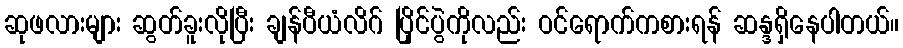
ဆုဖလားများ ဆွတ်ခူးလိုပြီး ချန်ပီယံလိဂ် ပြိုင်ပွဲကိုလည်း ဝင်ရောက်ကစားရန် ဆန္ဒရှိနေပါတယ်။